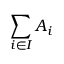
\sum _ { i \in I } A _ { i }